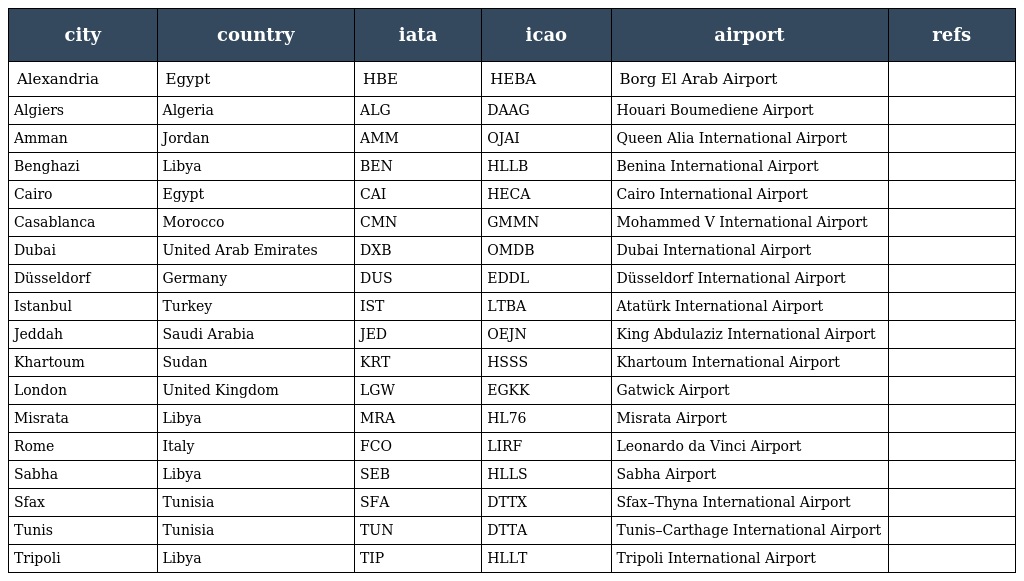
| city | country | iata | icao | airport | refs |
 | --- | --- | --- | --- | --- | --- |
 | Alexandria | Egypt | HBE | HEBA | Borg El Arab Airport |  |
 | Algiers | Algeria | ALG | DAAG | Houari Boumediene Airport |  |
 | Amman | Jordan | AMM | OJAI | Queen Alia International Airport |  |
 | Benghazi | Libya | BEN | HLLB | Benina International Airport |  |
 | Cairo | Egypt | CAI | HECA | Cairo International Airport |  |
 | Casablanca | Morocco | CMN | GMMN | Mohammed V International Airport |  |
 | Dubai | United Arab Emirates | DXB | OMDB | Dubai International Airport |  |
 | Düsseldorf | Germany | DUS | EDDL | Düsseldorf International Airport |  |
 | Istanbul | Turkey | IST | LTBA | Atatürk International Airport |  |
 | Jeddah | Saudi Arabia | JED | OEJN | King Abdulaziz International Airport |  |
 | Khartoum | Sudan | KRT | HSSS | Khartoum International Airport |  |
 | London | United Kingdom | LGW | EGKK | Gatwick Airport |  |
 | Misrata | Libya | MRA | HL76 | Misrata Airport |  |
 | Rome | Italy | FCO | LIRF | Leonardo da Vinci Airport |  |
 | Sabha | Libya | SEB | HLLS | Sabha Airport |  |
 | Sfax | Tunisia | SFA | DTTX | Sfax–Thyna International Airport |  |
 | Tunis | Tunisia | TUN | DTTA | Tunis–Carthage International Airport |  |
 | Tripoli | Libya | TIP | HLLT | Tripoli International Airport |  |